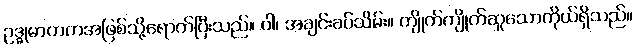
ဥဒ္ဓုမာတကအဖြစ်သို့ရောက်ပြီးသည်။ ဝါ၊ အချင်းခပ်သိမ်း။ ကျိုက်ကျိုက်ဆူသောကိုယ်ရှိသည်။